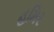
હમિર